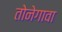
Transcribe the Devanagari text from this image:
तोनेगावा